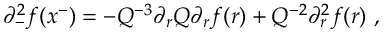
\partial _ { - } ^ { 2 } f ( x ^ { - } ) = - Q ^ { - 3 } \partial _ { r } Q \partial _ { r } f ( r ) + Q ^ { - 2 } \partial _ { r } ^ { 2 } f ( r ) ~ ,